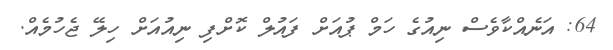
64: އަނެއްކާވެސް ނިއުގެ ހަމް ޕުއަށް ފައުލް ކޮށްފި ނިއުއަށް ހިލޭ ޖެހުމެއް.